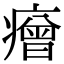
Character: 𤺧